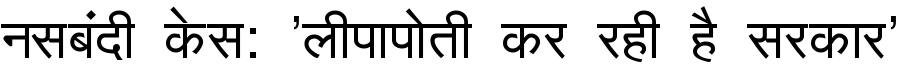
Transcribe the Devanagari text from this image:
नसबंदी केस: 'लीपापोती कर रही है सरकार'